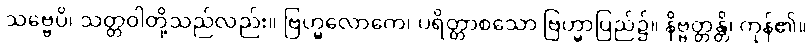
သဗ္ဗေပိ၊ သတ္တဝါတို့သည်လည်း။ ဗြဟ္မလောကေ၊ ပရိတ္တာစသော ဗြဟ္မာပြည်၌။ နိဗ္ဗတ္တန္တိ၊ ကုန်၏။